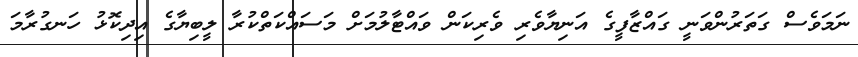
ނަމަވެސް ގަތަރުންވަނީ ގައްޒާފީގެ އަނިޔާވެރި ވެރިކަން ވައްޓާލުމަށް މަސައްކަތްކުރާ ލީބިޔާގެ އިދިކޮޅު ހަނގުރާމަ